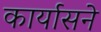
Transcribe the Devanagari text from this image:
कार्यासने